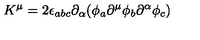
K ^ { \mu } = 2 \epsilon _ { a b c } \partial _ { \alpha } ( \phi _ { a } \partial ^ { \mu } \phi _ { b } \partial ^ { \alpha } \phi _ { c } )